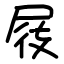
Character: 屐